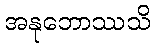
အနုဘောဿသိ